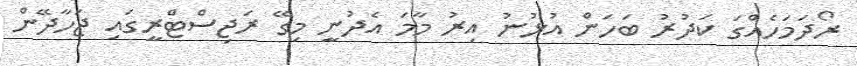
ރޯދަމަހެއްގަ ކަދުރު ބަހަން އުޅުނު އިރު މާމަ އެދުނީ މިގޭ ރަޖިސްޓްރީގައި ޖަހާދޭން